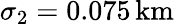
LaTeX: \sigma_{2}=0.075\, \mathrm{km}